Medical and sanitary report of the native army of Bengal for the year
Year: 1878
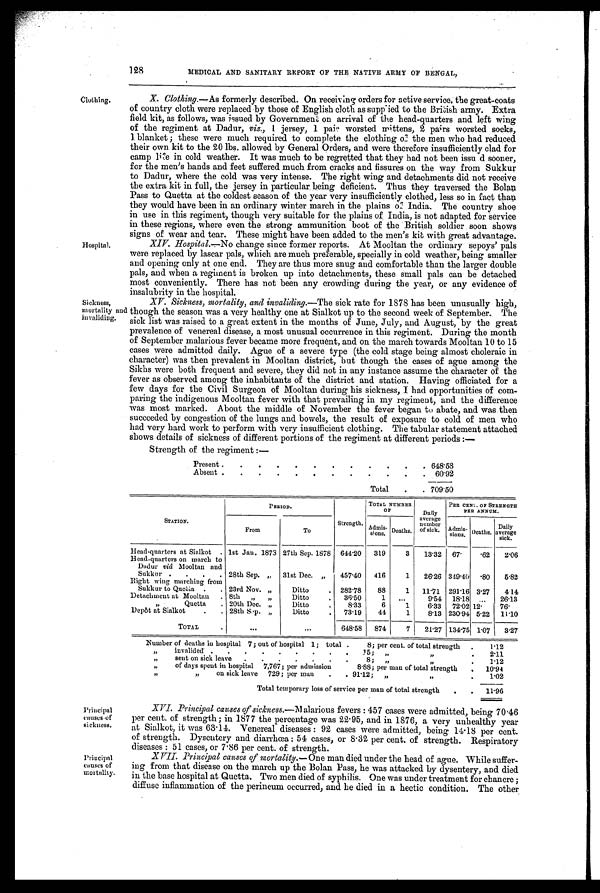
128
MEDICAL AND SANITARY REPORT OF THE NATIVE ARMY OF BENGAL,
Clothing,
Hospital.
X. Clothing. —As formerly described. On receiving orders for active service, the great-coats
of country cloth were replaced by those of English cloth as supplied to the British army. Extra
field kit, as follows, was issued by Government on arrival of the head-quarters and left wing
of the regiment at Dadur, viz., I j e r s e y , 1 p a i r w o r s t e d m i t t e n s , 2 p a r s w o r s t e d s o c k s ,
1. blanket ; these were much required to complete the clothing of the men who had reduced
their own kit to the 20 lbs. allowed by General Orders, and were therefore insufficiently clad for
camp in cold weather. It was much to be regretted that they had not been issud sooner,
for the men's hands and feet suffered much from cracks and fissures on the way from Sukkur
to Dadur, where the cold was very intense. The right wing and detachments did not receive
the extra kit in full, the jersey in particular being deficient. Thus they traversed the Bolan.
Pass to Quetta at the coldest season of the year very insufficiently clothed, less so in fact than
they would have been in an ordinary winter march in the plains of India. The country shoe
in use in this regiment, though very suitable for the plains of India, is not adapted for service
in these regions, where even the strong ammunition boot of the British soldier soon shows
signs of wear and tear. These might have been added to the men's kit with great advantage.
XIV. Hospital.—No change since former reports. At Mooltan the ordinary sepoys' pals
were replaced by lascar pals, which are much preferable, specially in cold weather, being smaller
and opening only at one end. They are thus more snug and comfortable than the larger double
pals, and when a regiment is broken up into detachments, these small pals can be detached
most conveniently. There has not been any crowding during the year, or any evidence of
i n s a l u b r i t y i n t h e h o s p i t a l .
Sickness,
mortality and
invaliding.
XV. Sickness, mortality, and invaliding. —The sick rate for 1878 has been unusually high,
though the season was a very healthy one at Sialkot up to the second week of September. The
sick list was raised to a great extent in the months of June, July, and August, by the great
prevalence of venereal disease, a most unusual occurrence in this regiment. During the month
of September malarious fever became more frequent, and on the march towards Mooltan 10 to 15
cases were admitted daily. Ague of a severe type (the cold stage being almost choleraic in
character) was then prevalent in Mooltan district, but though the cases of ague among the
Sikhs were both frequent and severe, they did not in any instance assume the character of the
fever as observed among the inhabitants of the district and station. Having officiated for a
few days for the Civil Surgeon of Mooltan during his sickness, I had opportunities of com-
paring the indigenous Mooltan fever with that prevailing in my regiment, and the difference
was most marked. About the middle of November the fever began to abate, and was then
succeeded by congestion of the lungs and bowels, the result of exposure to cold of men who
had very hard work to perform with very insufficient clothing. The tabular statement attached
shows details of sickness of different portions of the regiment at different periods :
—
Strength of the regiment :—
Present .
.
.
.
.
.
.
.
.
.
.
. 648.58
Absent .
.
.
.
.
.
.
.
.
.
.
.
60.92
Total
.
. 709.50
STATION.
PERIOD
Strength.
TOTAL NUMBER
OF
Daily
average
number
of sick.
PER CENT. OF STRENGTH
PEE ANNUM.
From
To
Admis-
sions. Deaths.
Admis-
sions. Deaths.
Daily
average
Head-quarters at Sialkot . 1st Jan. 1873 27th Sep. 1878
644.20
319
3
13.32
67.
.62
2.06
Head-quarters on march to
Dadur viâ Mooltan and
Sukkur .
.
.
. 28th Sep. „
31st Dec. „
457.40
416
1
26.26 349.40 .80
5.82
Right Wing marching from
Sukkur to Quetta
.
. 23rd Nov. ,,
Ditto
.
282.78
88
1
11.71 291.16 3.27
4.14
Detachment at Mooltan
. 8th
,, ,,
Ditto
.
36.50
1
...
9.54
18.18
. . .
26.13
,,
Quetta
. 20th Dec. „
Ditto
.
8.33
6
1
6.33
72.02 12.
7 6 .
Depôt at Sialkot
.
. 28th Sop. „
Ditto
.
73.19
44
1
8.13 230.94 5.22
11.10
TOTAL
.
. . .
. . .
648.58
874
7
21.27 134.75 1.07
3.27
Number of deaths in hospital 7; out of hospital 1; total .
8; per cent. of total strength
.
1.12
„
invalided' .
. . . . . . . .
15 ;
„
,,
.
2.11
,,
sent on sick leave.
.
.
.
.
.
8;
„
,, .
1.12
„
of days spent in hospital 7,767; per admission
8.88; per man of total strength
.
10.94
,,
,,
on sick leave 729; per man
.
. 91.12;
„
,, .
1.02
Total temporary loss of service per man of total strength
.
.
11.96
Principal
causes of
sickness.
Principal
causes of
mortality.
XVI. Principal causes of sickness. —Malarious fevers : 457 cases were admitted, being 7046
per cent. of strength; in 1877 the percentage was 22.95, and in 1876, a very unhealthy year
at Sialkot, it was 63.14. Venereal diseases : 92 cases were admitted, being 14.18 per cent.
of strength. Dysentery and diarrhœa 54 cases, or 8.32 per cent, of strength. Respiratory
diseases : 51 cases, or 7.86 per cent. of strength.
XVII. Principal causes of mortality. —One man died under the head of ague. While suffer-
ing that disease on the march up the Bolan Pass, he was attacked by dysentery, and died
in the base hospital at Quetta. Two men died of syphilis. One was under treatment for chancre ;
diffuse inflammation of the perineum occurred, and he died in a hectic condition. The other